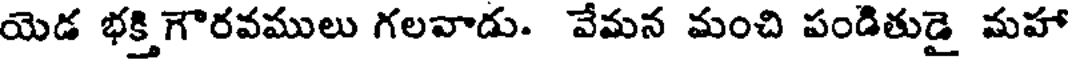
యెడ భక్తి గౌరవములు గలవాడు. వేమన మంచి పండితుడై మహా